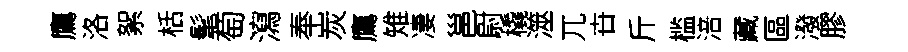
鷹洛絮栝髦萄瀉奉炭鷹雉凄邕尉橇澨兀卋斤槛涪藏區潑膠